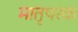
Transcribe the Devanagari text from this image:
मातृपरक